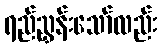
ရည်ညွှန်းသော်လည်း